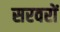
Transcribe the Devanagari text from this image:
सरवरों